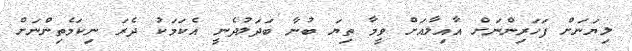
ލިޔަނަށް ފަހަރިންނަށް އާއިލާއަށް ވީމާ ތިޔަ ބުނާ ބަދަލުދެނީ އެކަމަކު ދެރަ ނިކަމެތިންނަށް